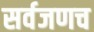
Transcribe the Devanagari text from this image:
सर्वजणच